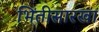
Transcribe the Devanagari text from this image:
भिंतीसारखा